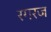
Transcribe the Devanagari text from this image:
रगरज